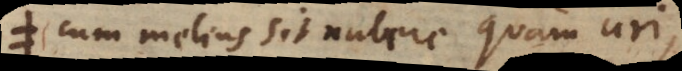
cum melius sit nubere quam uri,